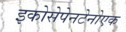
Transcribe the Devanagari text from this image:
इकोसेपेनटेनोएक